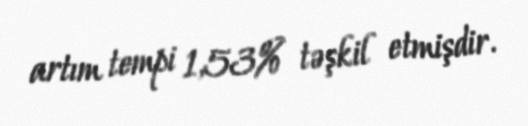
artım tempi 1,53% təşkil etmişdir.